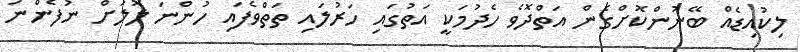
ލިކުއިޑެއް ބޭނުންކޮށްގެން އަތްދޮވެ ހެދުމަކީ އަތުގައި ހަރުލައި ތަތްވެފައި ހުންނަ ލޮލަށް ނުފެންނަ